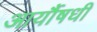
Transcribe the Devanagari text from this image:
आर्यौषधी